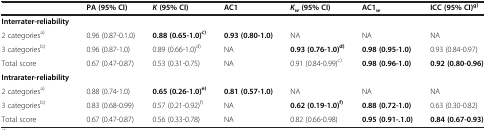
<table><thead><tr><td><b> </b></td><td><b>PA (95% CI)</b></td><td><b><i>K </i>(95% CI)</b></td><td><b>AC1</b></td><td><b><i>K</i><sub><i>w </i></sub>(95% CI)</b></td><td><b>AC1<sub><i>w</i></sub></b></td><td><b>ICC (95% CI)<sup>g)</sup></b></td></tr></thead><tbody><tr><td><b>Interrater-reliability</b></td><td> </td><td> </td><td> </td><td> </td><td> </td><td> </td></tr><tr><td>2 categories<sup>a)</sup></td><td>0.96 (0.87-0.1.0)</td><td><b>0.88 (0.65-1.0)</b><sup><b>c)</b></sup></td><td><b>0.93 (0.80-1.0)</b></td><td>NA</td><td>NA</td><td>NA</td></tr><tr><td>3 categories<sup>b)</sup></td><td>0.96 (0.87-1.0)</td><td>0.89 (0.66-1.0)<sup>d)</sup></td><td>NA</td><td><b>0.93 (0.76-1.0)</b><sup><b>d)</b></sup></td><td><b>0.98 (0.95-1.0)</b></td><td>0.93 (0.84-0.97)</td></tr><tr><td>Total score</td><td>0.67 (0.47-0.87)</td><td>0.53 (0.31-0.75)</td><td>NA</td><td>0.91 (0.84-0.99)<sup>c)</sup></td><td><b>0.98 (0.96-1.0)</b></td><td><b>0.92 (0.80-0.96)</b></td></tr><tr><td><b>Intrarater-reliability</b></td><td> </td><td> </td><td> </td><td> </td><td> </td><td> </td></tr><tr><td>2 categories<sup>a)</sup></td><td>0.88 (0.74-1.0)</td><td><b>0.65 (0.26-1.0)</b><sup><b>e)</b></sup></td><td><b>0.81 (0.57-1.0)</b></td><td>NA</td><td>NA</td><td>NA</td></tr><tr><td>3 categories<sup>b)</sup></td><td>0.83 (0.68-0.99)</td><td>0.57 (0.21-0.92)<sup>f)</sup></td><td>NA</td><td><b>0.62 (0.19-1.0)</b><sup><b>f)</b></sup></td><td><b>0.88 (0.72-1.0)</b></td><td>0.63 (0.30-0.82)</td></tr><tr><td>Total score</td><td>0.67 (0.47-0.87)</td><td>0.56 (0.33-0.78)</td><td>NA</td><td>0.82 (0.66-0.98)</td><td><b>0.95 (0.91-.1.0)</b></td><td><b>0.84 (0.67-0.93)</b></td></tr></tbody></table>